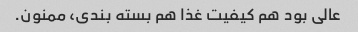
عالی بود هم کیفیت غذا هم بسته بندی، ممنون.